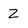
Character: Z